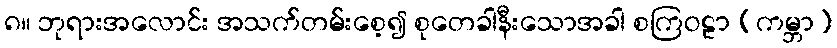
၈။ ဘုရားအလောင်း အသက်တမ်းစေ့၍ စုတေခါနီးသောအခါ စကြဝဠာ (ကမ္ဘာ)